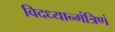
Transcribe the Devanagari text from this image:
विदध्यान्मंत्रिणं